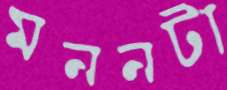
মননটা